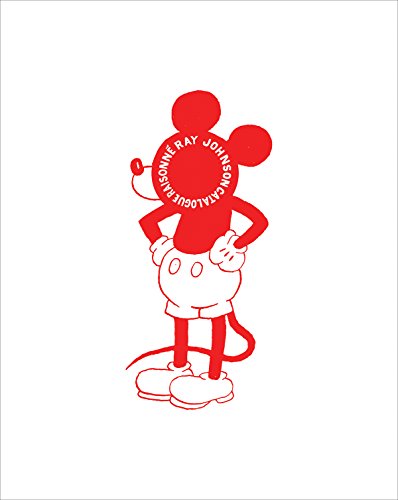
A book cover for Ray Johnson; Arts & Photography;